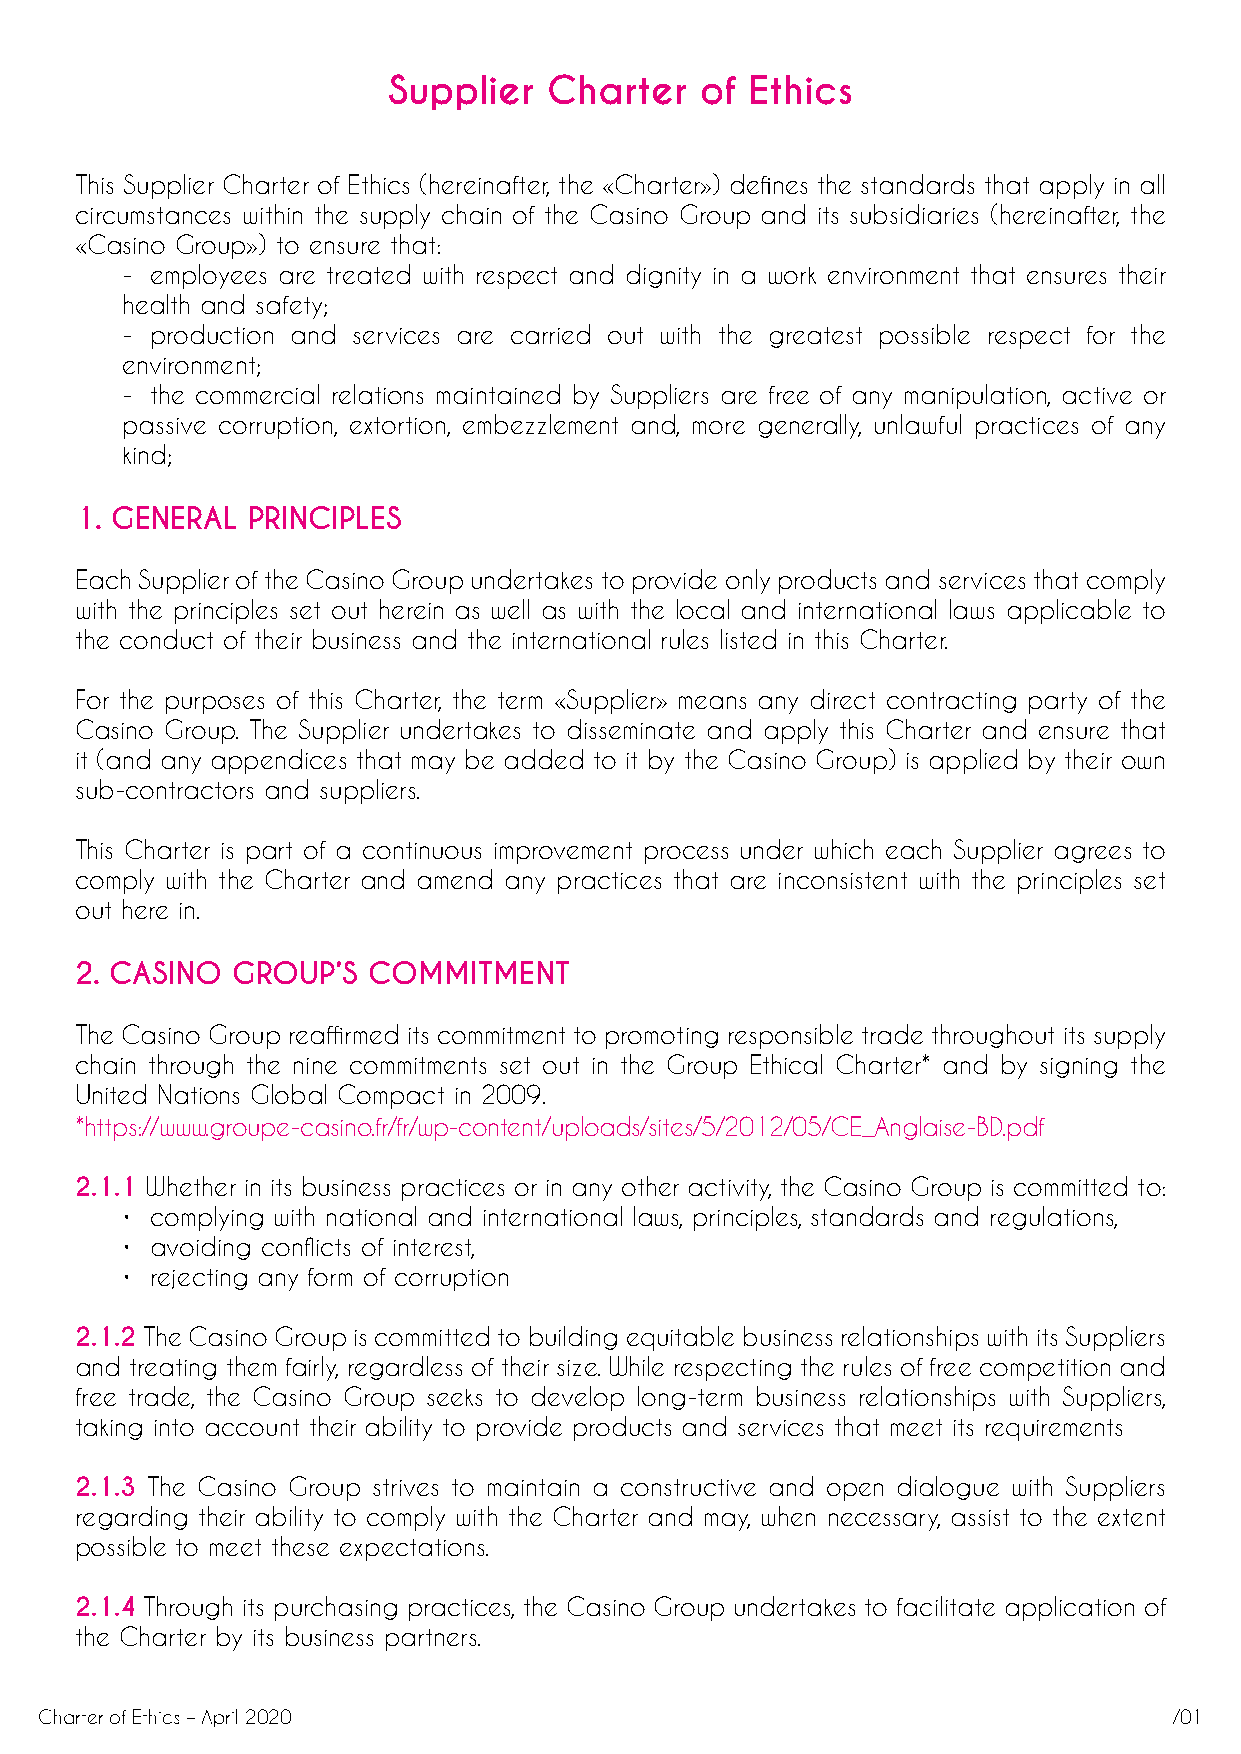
Supplier  Charter   of  Ethics
 This Supplier Charter of Ethics (hereinafter, the «Charter») defines the standards that apply in all
 circumstances within the supply chain of the Casino Group and its subsidiaries (hereinafter, the
 «Casino Group») to ensure that:
 - employees are treated with respect and dignity in a work environment that ensures their
 health and safety;
 - production and services are carried out with the greatest possible respect for the
 environment;
 - the commercial relations maintained by Suppliers are free of any manipulation, active or
 passive corruption, extortion, embezzlement and, more generally, unlawful practices of any
 kind;
 1. GENERAL PRINCIPLES
 Each Supplier of the Casino Group undertakes to provide only products and services that comply
 with the principles set out herein as well as with the local and international laws applicable to
 the conduct of their business and the international rules listed in this Charter.
 For the purposes of this Charter, the term «Supplier» means any direct contracting party of the
 Casino Group. The Supplier undertakes to disseminate and apply this Charter and ensure that
 it (and any appendices that may be added to it by the Casino Group) is applied by their own
 sub-contractors and suppliers.
 This Charter is part of a continuous improvement process under which each Supplier agrees to
 comply with the Charter and amend any practices that are inconsistent with the principles set
 out here in.
 2. CASINO GROUP’S  COMMITMENT
 The Casino Group reaffirmed its commitment to promoting responsible trade throughout its supply
 chain through the nine commitments set out in the Group Ethical Charter* and by signing the
 United Nations Global Compact in 2009.
 *https://www.groupe-casino.fr/fr/wp-content/uploads/sites/5/2012/05/CE_Anglaise-BD.pdf
 2.1.1 Whether in its business practices or in any other activity, the Casino Group is committed to:
 • complying with national and international laws, principles, standards and regulations,
 • avoiding conflicts of interest,
 • rejecting any form of corruption
 2.1.2 The Casino Group is committed to building equitable business relationships with its Suppliers
 and treating them fairly, regardless of their size. While respecting the rules of free competition and
 free trade, the Casino Group seeks to develop long-term business relationships with Suppliers,
 taking into account their ability to provide products and services that meet its requirements
 2.1.3 The Casino Group strives to maintain a constructive and open dialogue with Suppliers
 regarding their ability to comply with the Charter and may, when necessary, assist to the extent
 possible to meet these expectations.
 2.1.4 Through its purchasing practices, the Casino Group undertakes to facilitate application of
 the Charter by its business partners.
 Charter of Ethics – April 2020                                             /01